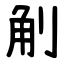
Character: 㓩